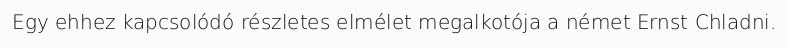
Egy ehhez kapcsolódó részletes elmélet megalkotója a német Ernst Chladni.